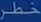
طَرْقُ